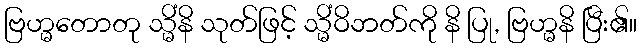
ဗြဟ္မတောတု သ္မိံနိ သုတ်ဖြင့် သ္မိံဝိဘတ်ကို နိ ပြု, ဗြဟ္မနိ ပြီး၏။